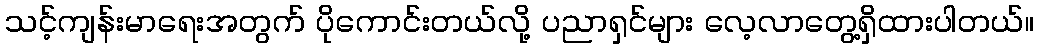
သင့်ကျန်းမာရေးအတွက် ပိုကောင်းတယ်လို့ ပညာရှင်များ လေ့လာတွေ့ရှိထားပါတယ်။